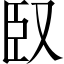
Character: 臤